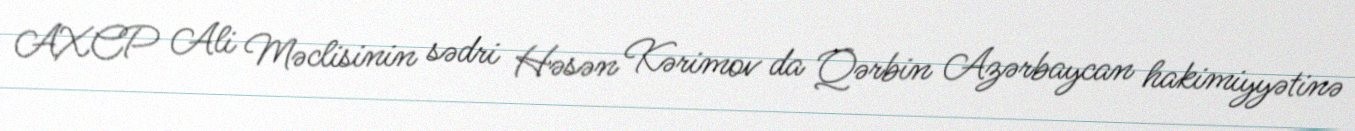
AXCP Ali Məclisinin sədri Həsən Kərimov da Qərbin Azərbaycan hakimiyyətinə